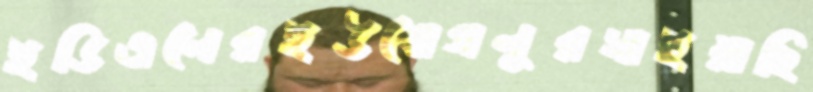
ইডিএলেরইউবোগলুরসাইয়াছি